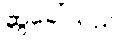
ဆွဲခေါ်သည်။